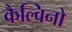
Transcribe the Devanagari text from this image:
कैल्विनो